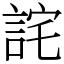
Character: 詫